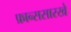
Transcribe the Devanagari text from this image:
फ्रान्ससारखे